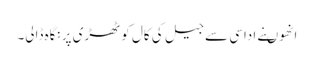
انھوںنے اداسی سے جیل کی کال کوٹھڑی پر نگاہ ڈالی۔